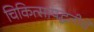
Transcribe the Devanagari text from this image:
चिकित्सापद्धतीचे